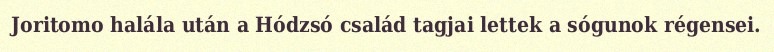
Joritomo halála után a Hódzsó család tagjai lettek a sógunok régensei.